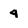
Character: 4